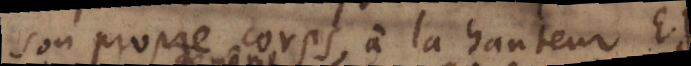
son propre corps, à la hauteur EF